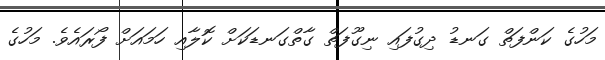
މަހުގެ ކަންފަތް ގަނޑު ދިގުފައި ނިގޫފަތް ގާތްގަނޑަކަށް ކޮލާއި ހަމައަށް ފޯރައެވެ. މަހުގެ